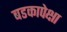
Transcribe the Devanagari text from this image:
बडकापेक्षा